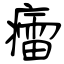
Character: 癗